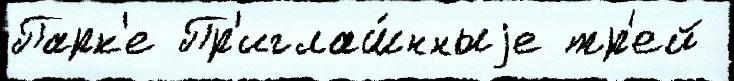
Парк'е Пр'иглаш́нныjе тр'ей